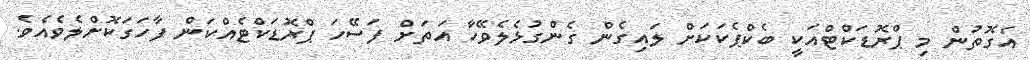
އެގޮތުން މި ޕްރޮޑަކްޓްއަކީ ބެކްޕެކަކަށް ލައިގެން ގެންގުޅެލެވޭހާ އަތަށް ފަސޭހަ ޕްރޮޑަކްޓެއްކަން ފާހަގަކޮށްލެވެއެވެ.